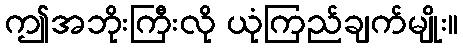
ဤအဘိုးကြီးလို ယုံကြည်ချက်မျိုး။